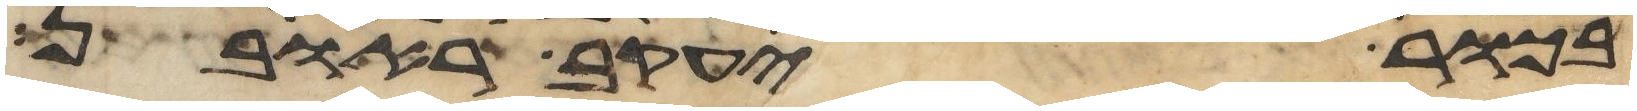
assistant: בכור יעקב ראובן